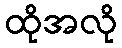
ထိုအလို